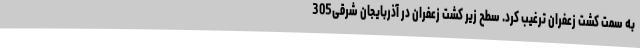
به سمت کشت زعفران ترغیب کرد. سطح زیر کشت زعفران در آذربایجان شرقی305